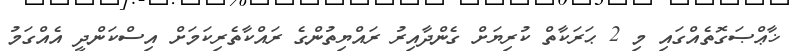
ޚާޢްޞަގޮތެއްގައި މި 2 ޙަރަކާތް ކުރިޔަށް ގެންދާއިރު ރައްޔިތުންގެ ރައްކާތެރިކަމަށް އިސްކަންދީ އެއްގަމު